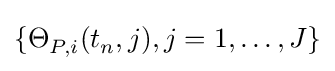
\{\Theta _{P,i}^{}(t_{n}^{},j),j=1,\dots ,J\}